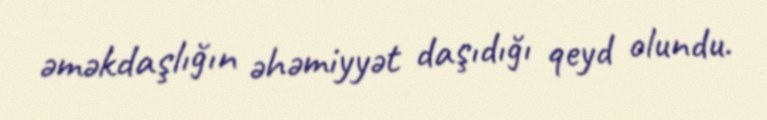
əməkdaşlığın əhəmiyyət daşıdığı qeyd olundu.